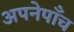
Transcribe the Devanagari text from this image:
अपनेपाँच